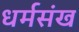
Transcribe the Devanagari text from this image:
धर्मसंख